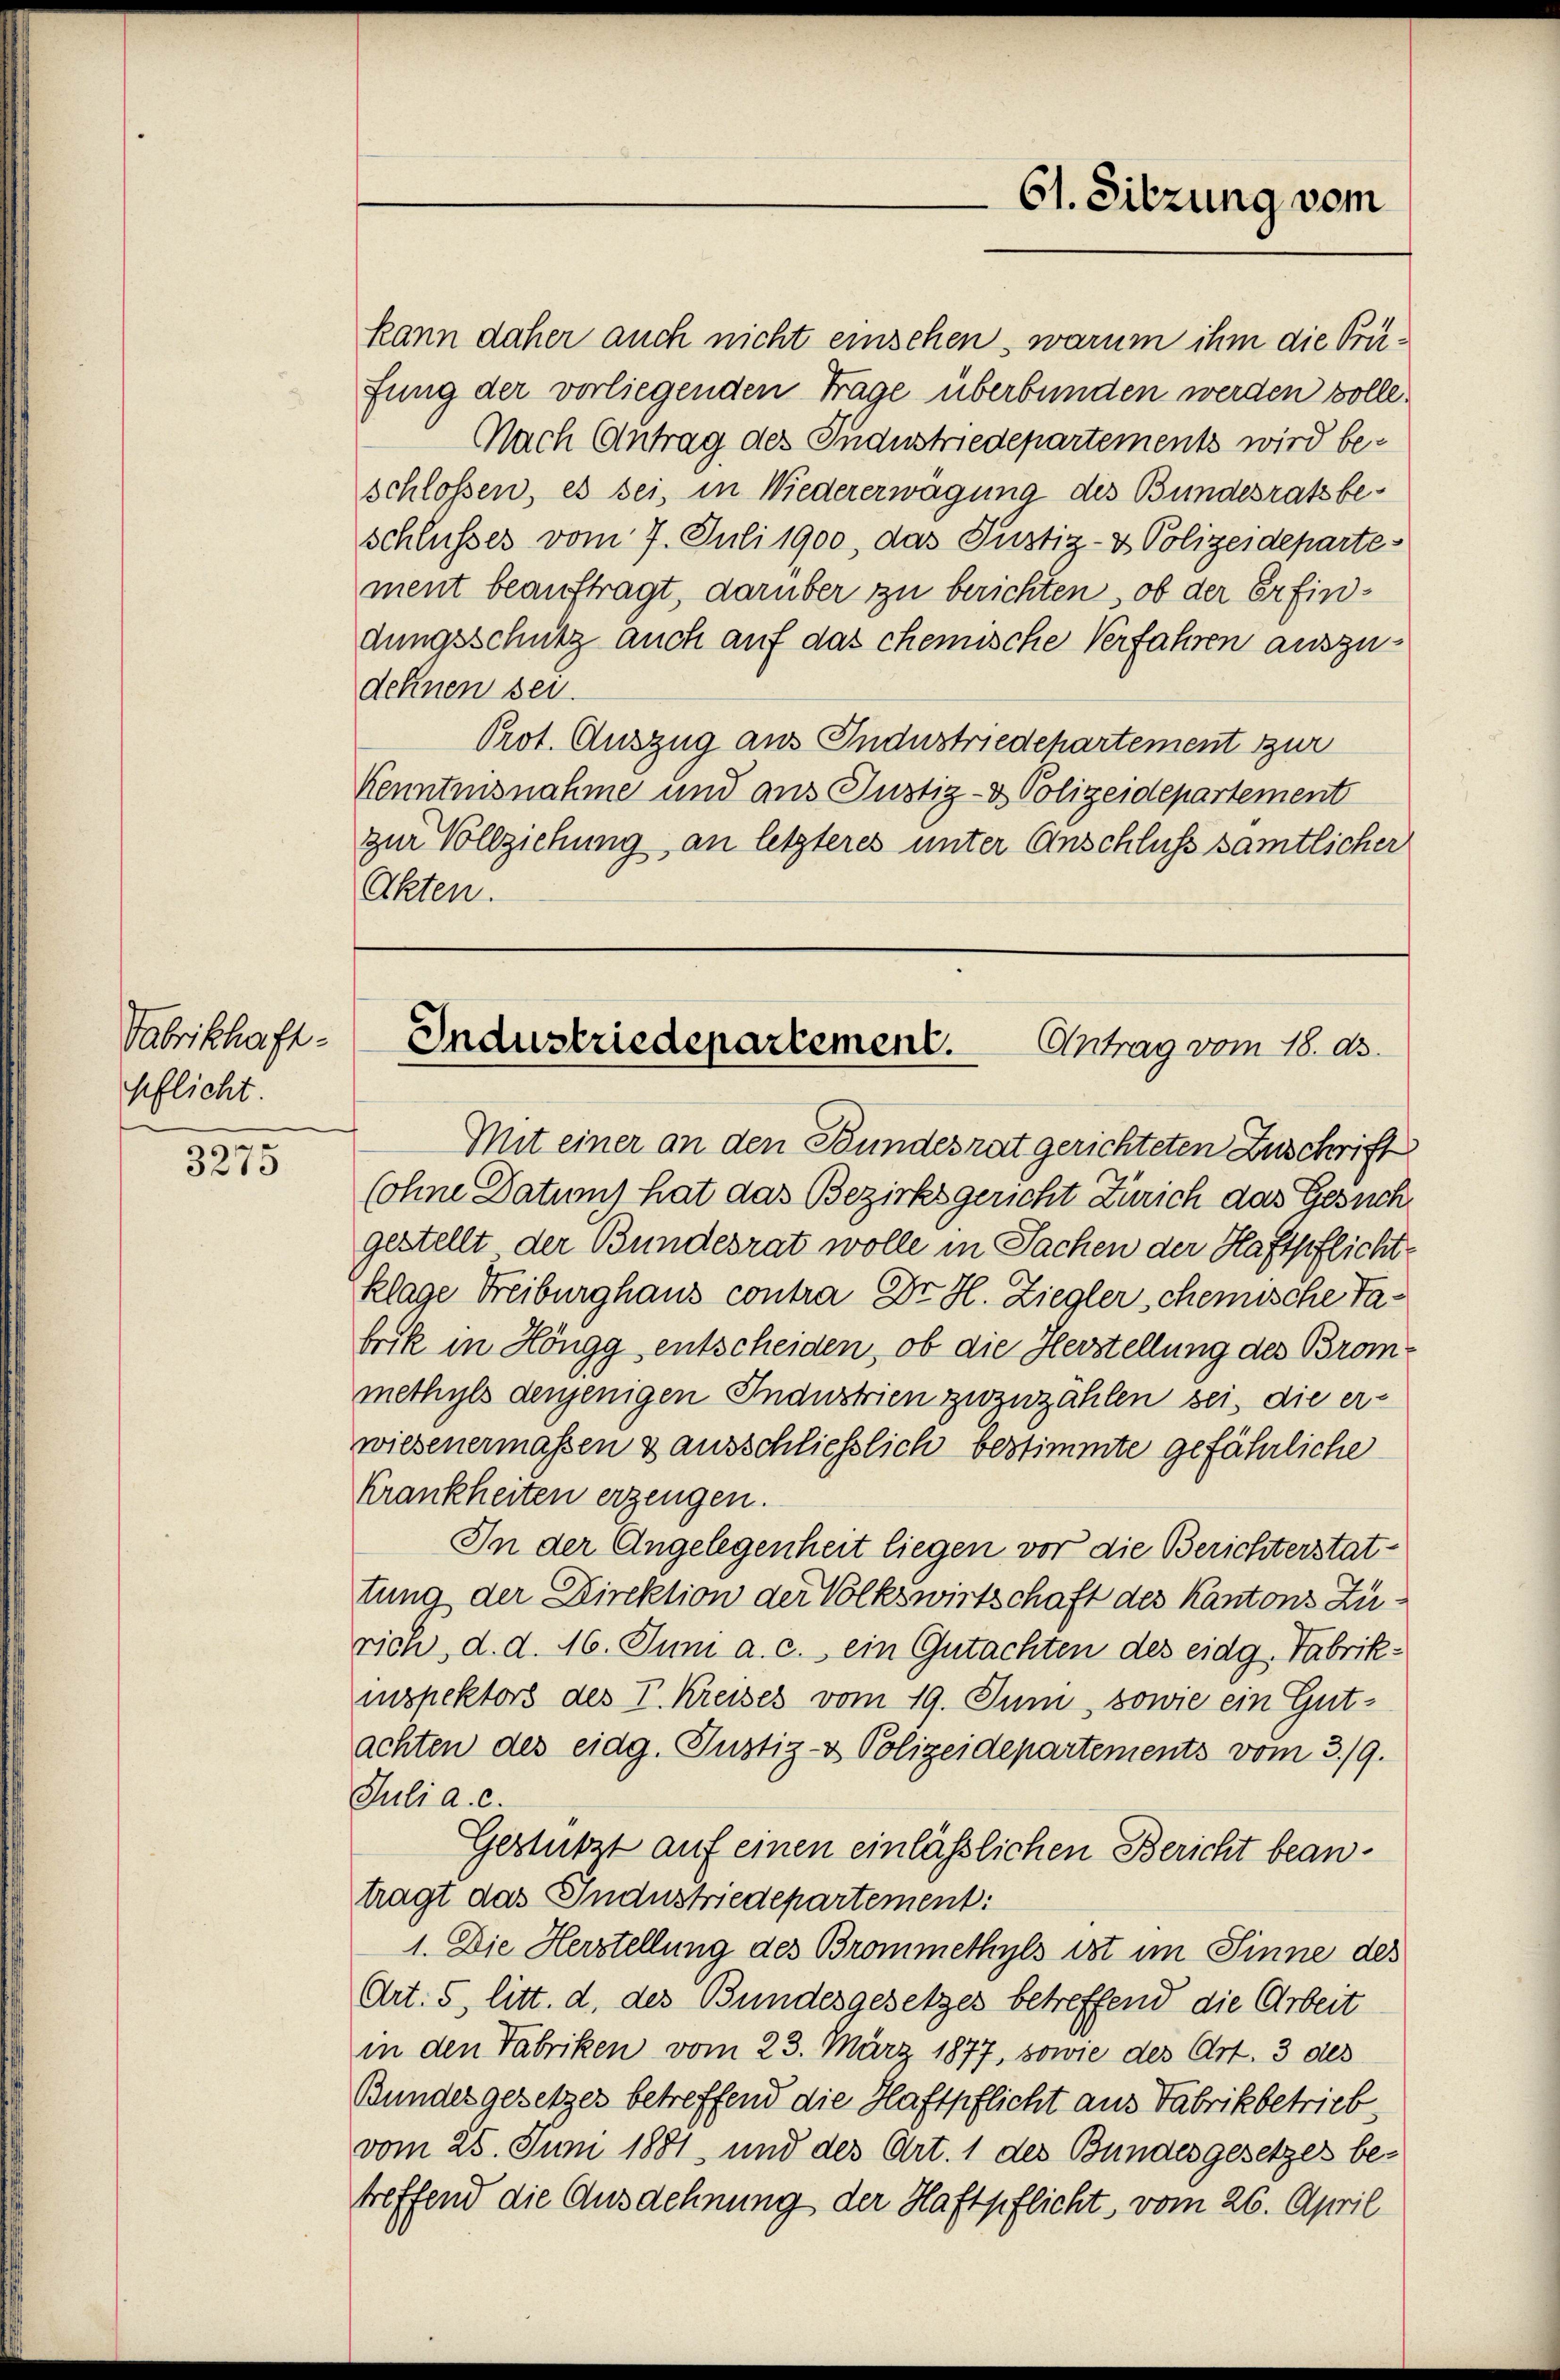
Fabrikhaft-
pflicht.

3275

kann daher auch nicht einsehen, warum ihm die Prüfung der vorliegenden Frage überbunden werden solle.
Nach Antrag des Industriedepartements wird beschlossen, es sei, in Wiedererwägung des Bundesratsbeschlusses vom 7. Juli 1900, das Justiz- & Polizeideparte
ment beauftragt, darüber zu berichten, ob der Erfindungsschutz auch auf das chemische Verfahren auszudehnen sei.
Prot. Auszug aus Industriedepartement zur
Kenntnisnahme und aus Justiz- & Polizeidepartement
zur Vollziehung an letzteres unter Anschluss sämtlicher
Akten.

Mit einer an den Bundesrat gerichteten Zuschrift
Cohne Datum) hat das Bezirksgericht Zürich das Gesuch
gestellt der Bundesrat wolle in Sachen der Haftpflichte
klage Freiburghaus contra Dr. H. Ziegler chemische Tabrik in Höngg entscheiden, ob die Herstellung des Brom-
methyls denjenigen Industrien zuzuzählen sei, die erwiesenermaßen & ausschliesslich bestimmte gefährliche
Krankheiten erzeugen.
In der Angelegenheit liegen vor die Berichterstattung der Direktion der Volkswirtschaft des Kantons Zurich, d. d. 16. Juni a. c. ein Gutachten des eidg. Fabrikinspektors des V. Kreises vom 19. Juni, sowie ein Gutachten des eidg. Justiz- & Polizeidepartements vom 3./9.
Juli a. c.
Gestützt auf einen einlässlichen Bericht beantragt das Industriedepartement:
1. Die Herstellung des Brommethyls ist im Sinne des
Art. 5 litt. d. des Bundesgesetzes betreffend die Arbeit
in den Fabriken vom 23. März 1877, sowie des Art. 3 des
Bundesgesetzes betreffend die Haftpflicht aus Fabrikbetrieb
vom 25. Juni 1881 und des Art. 1 des Bundesgesetzes betreffend die Ausdehnung der Haftpflicht, vom 26. April

61. Sitzung vom

Industriedepartement.
Antrag vom 18. ds.